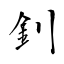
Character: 釗